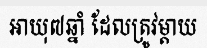
អាយុ៧ឆ្នាំ ដែលត្រូវម្តាយ